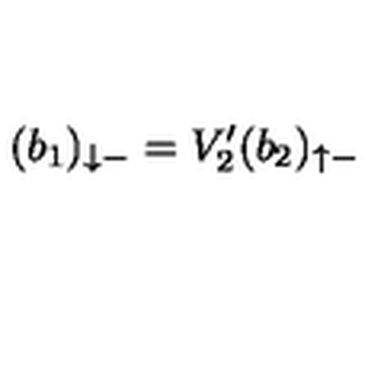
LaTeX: ( b _ { 1 } ) _ { \downarrow - } = V _ { 2 } ^ { \prime } ( b _ { 2 } ) _ { \uparrow - }